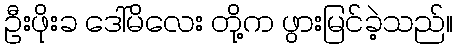
ဦးဖိုးခ ဒေါ်မိလေး တို့က ဖွားမြင်ခဲ့သည်။